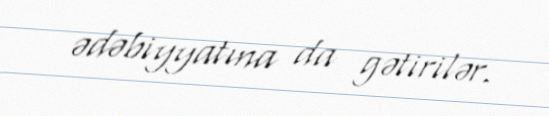
ədəbiyyatına da gətirilər.